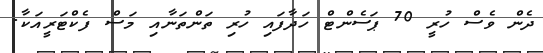
ދެން ވެސް ހުރީ 70 ޕަސެންޓް ހަދާފައި ހުރި ތަންތަނާއި މަސް ފެކްޓަރީއަކާ.